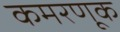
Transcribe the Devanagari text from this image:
कमरणूक